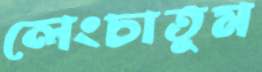
লেংচাতুম